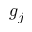
g _ { j }